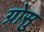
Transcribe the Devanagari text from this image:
ग्रोसु